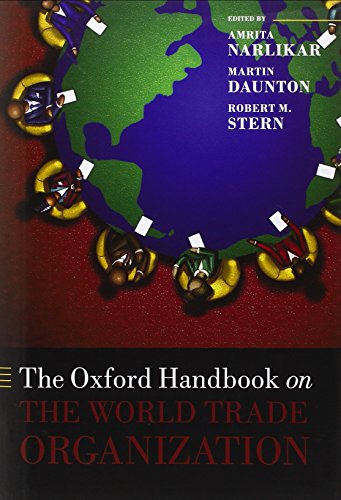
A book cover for The Oxford Handbook on the World Trade Organization (Oxford Handbooks in Politics & International Relations); Amrita Narlikar; Business & Money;